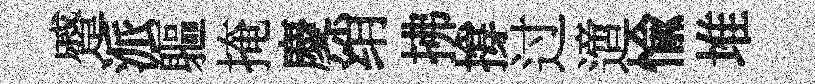
蹙派軀掩慶绡拂撐过𨗁愉堆